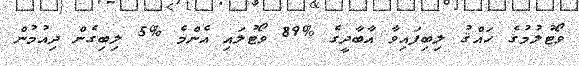
ވޯޓުލުމުގެ ހައްޤު ލިބިފައިވާ އާބާދީގެ %89 ވޯޓުލައި އެންމެ %5 ލިބިގެން ދިއުމުން